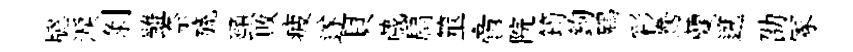
牕淚剝雖奈旒頸敗疲遂貝蕆扃筮啻院筠鉤鵷彩鴦蘭遡劭冢